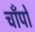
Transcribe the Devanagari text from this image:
चाँपो